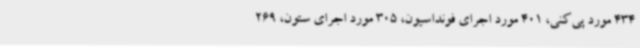
434 مورد پی‌کنی، 401 مورد اجرای فونداسیون، 305 مورد اجرای ستون، 269